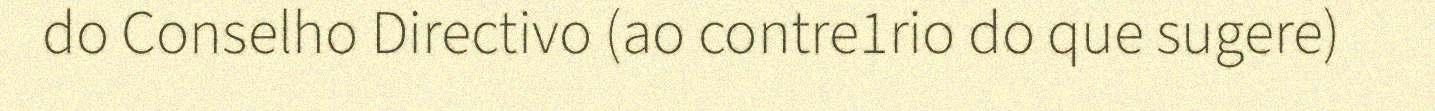
do Conselho Directivo (ao contre1rio do que sugere)